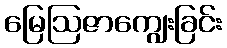
မြေဩဇာကျွေးခြင်း